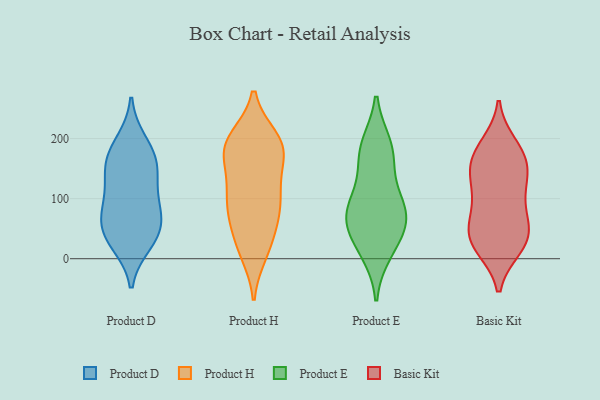
{"axis": {"x": "Satisfaction Score", "y": "Value"}, "legend": ["Basic Kit", "Product D", "Product E", "Product H"], "data": [{"x": "", "y": 92, "type": "Product D"}, {"x": "", "y": 141, "type": "Product D"}, {"x": "", "y": 149, "type": "Product D"}, {"x": "", "y": 36, "type": "Product D"}, {"x": "", "y": 49, "type": "Product D"}, {"x": "", "y": 47, "type": "Product D"}, {"x": "", "y": 175, "type": "Product D"}, {"x": "", "y": 77, "type": "Product D"}, {"x": "", "y": 94, "type": "Product D"}, {"x": "", "y": 193, "type": "Product D"}, {"x": "", "y": 159, "type": "Product D"}, {"x": "", "y": 27, "type": "Product D"}, {"x": "", "y": 70, "type": "Product H"}, {"x": "", "y": 77, "type": "Product H"}, {"x": "", "y": 186, "type": "Product H"}, {"x": "", "y": 25, "type": "Product H"}, {"x": "", "y": 119, "type": "Product H"}, {"x": "", "y": 11, "type": "Product H"}, {"x": "", "y": 91, "type": "Product H"}, {"x": "", "y": 183, "type": "Product H"}, {"x": "", "y": 126, "type": "Product H"}, {"x": "", "y": 180, "type": "Product H"}, {"x": "", "y": 198, "type": "Product H"}, {"x": "", "y": 176, "type": "Product H"}, {"x": "", "y": 183, "type": "Product H"}, {"x": "", "y": 199, "type": "Product H"}, {"x": "", "y": 75, "type": "Product H"}, {"x": "", "y": 21, "type": "Product H"}, {"x": "", "y": 113, "type": "Product H"}, {"x": "", "y": 29, "type": "Product E"}, {"x": "", "y": 13, "type": "Product E"}, {"x": "", "y": 74, "type": "Product E"}, {"x": "", "y": 164, "type": "Product E"}, {"x": "", "y": 54, "type": "Product E"}, {"x": "", "y": 180, "type": "Product E"}, {"x": "", "y": 187, "type": "Product E"}, {"x": "", "y": 93, "type": "Product E"}, {"x": "", "y": 90, "type": "Product E"}, {"x": "", "y": 72, "type": "Product E"}, {"x": "", "y": 155, "type": "Basic Kit"}, {"x": "", "y": 146, "type": "Basic Kit"}, {"x": "", "y": 20, "type": "Basic Kit"}, {"x": "", "y": 110, "type": "Basic Kit"}, {"x": "", "y": 189, "type": "Basic Kit"}, {"x": "", "y": 86, "type": "Basic Kit"}, {"x": "", "y": 182, "type": "Basic Kit"}, {"x": "", "y": 42, "type": "Basic Kit"}, {"x": "", "y": 21, "type": "Basic Kit"}, {"x": "", "y": 99, "type": "Basic Kit"}, {"x": "", "y": 44, "type": "Basic Kit"}, {"x": "", "y": 152, "type": "Basic Kit"}, {"x": "", "y": 133, "type": "Basic Kit"}, {"x": "", "y": 51, "type": "Basic Kit"}, {"x": "", "y": 174, "type": "Basic Kit"}, {"x": "", "y": 52, "type": "Basic Kit"}, {"x": "", "y": 19, "type": "Basic Kit"}]}